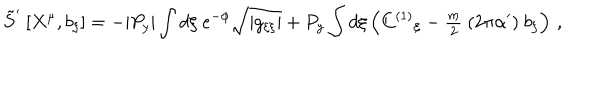
\tilde { S } ^ { \prime } \ [ X ^ { \mu } , b _ { \xi } ] = - | P _ { y } | \int d \xi \ e ^ { - \phi } \sqrt { | g _ { \xi \xi } | } + P _ { y } \int d \xi \left( C ^ { ( 1 ) } { } _ { \xi } - { \textstyle \frac { m } { 2 } } \ ( 2 \pi \alpha ^ { \prime } ) \ b _ { \xi } \right) \, ,